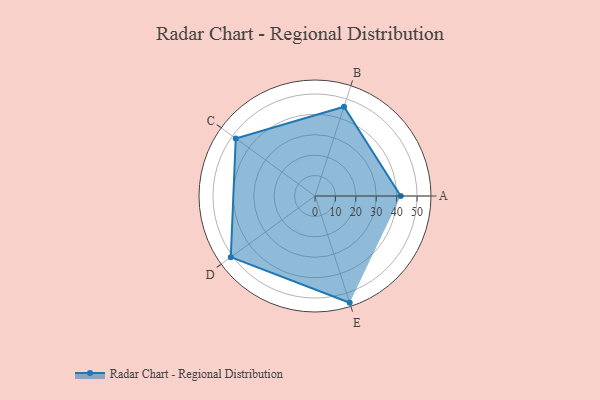
{"axis": {"x": "Skill", "y": "Score"}, "legend": ["Profile"], "data": [{"x": "A", "y": 42.0, "type": "Profile"}, {"x": "B", "y": 46.0, "type": "Profile"}, {"x": "C", "y": 48.0, "type": "Profile"}, {"x": "D", "y": 51.0, "type": "Profile"}, {"x": "E", "y": 55.0, "type": "Profile"}]}